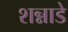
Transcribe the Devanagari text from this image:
शन्नाडे